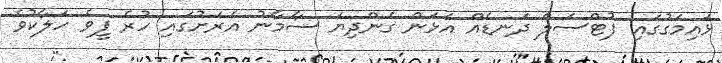
ޅައިމަގުގައި ފުޓްސަލް ދަނޑެއް އަޅަން ގެންދިޔަ ސާމާނު އެރަށުގައި ހުރެ ފީވެ ހަލާކުވެ